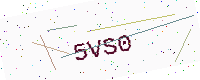
Text: 5VS0